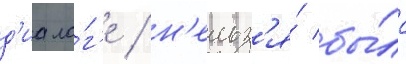
д'иало́г'е / н'ельз'я́ бы́ло